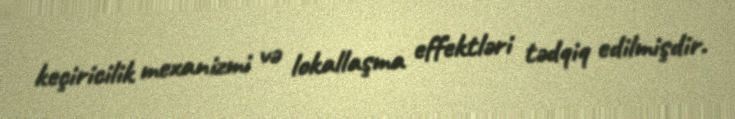
keçiricilik mexanizmi və lokallaşma effektləri tədqiq edilmişdir.